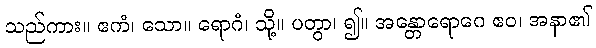
သည်ကား။ ဧကံ၊ သော။ ရောဂံ၊ သို့။ ပတွာ၊ ၍။ အန္တောရောဂေ ဧဝ၊ အနာ၏